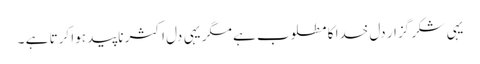
یہی شکر گزار دل خدا کا مطلوب ہے مگر یہی دل اکثر ناپید ہوا کرتا ہے ۔